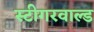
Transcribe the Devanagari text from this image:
स्टीगरवाल्ड